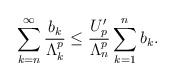
\begin{align*} \sum^{\infty}_{k=n}\frac{b_k}{\Lambda^p_k} \leq \frac {U'_p}{\Lambda^p_n}\sum^{n}_{k=1}b_k.\end{align*}